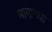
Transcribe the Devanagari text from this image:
मागाच्या